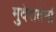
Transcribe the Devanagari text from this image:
मुदेरातेर्ना